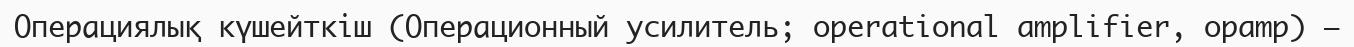
Операциялық күшейткіш (Операционный усилитель; operational amplifier, opamp) —